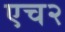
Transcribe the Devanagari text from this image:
एच२